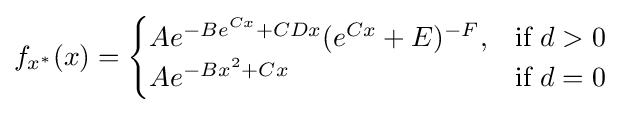
f_{x^{*}}(x)={\begin{cases}Ae^{-Be^{Cx}+CDx}(e^{Cx}+E)^{-F},&{\text{if}}\ d>0\\Ae^{-Bx^{2}+Cx}&{\text{if}}\ d=0\end{cases}}